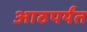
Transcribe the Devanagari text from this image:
आठपर्यंत